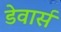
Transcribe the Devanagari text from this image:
डेवार्स